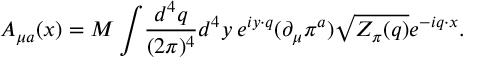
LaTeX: A _ { \mu a } ( x ) = M \int \! { \frac { d ^ { 4 } q } { ( 2 \pi ) ^ { 4 } } } d ^ { 4 } y \: e ^ { i y \cdot q } ( \partial _ { \mu } \pi ^ { a } ) \sqrt { Z _ { \pi } ( q ) } e ^ { - i q \cdot x } .